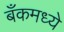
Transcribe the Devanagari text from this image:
बँकमध्ये